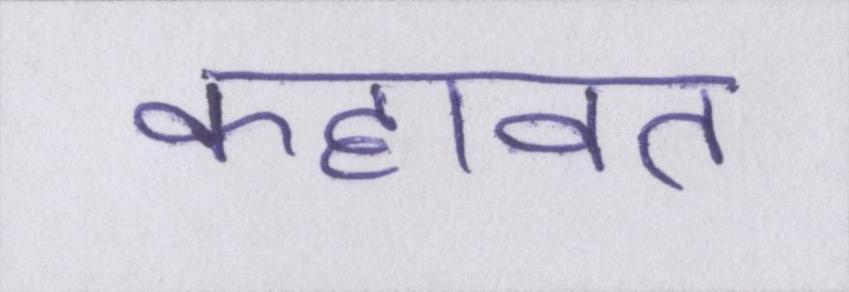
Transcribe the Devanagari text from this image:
कहावत